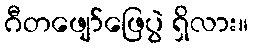
ဂီတဖျော်ဖြေပွဲ ရှိလား။